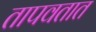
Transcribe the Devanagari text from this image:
तापवतात